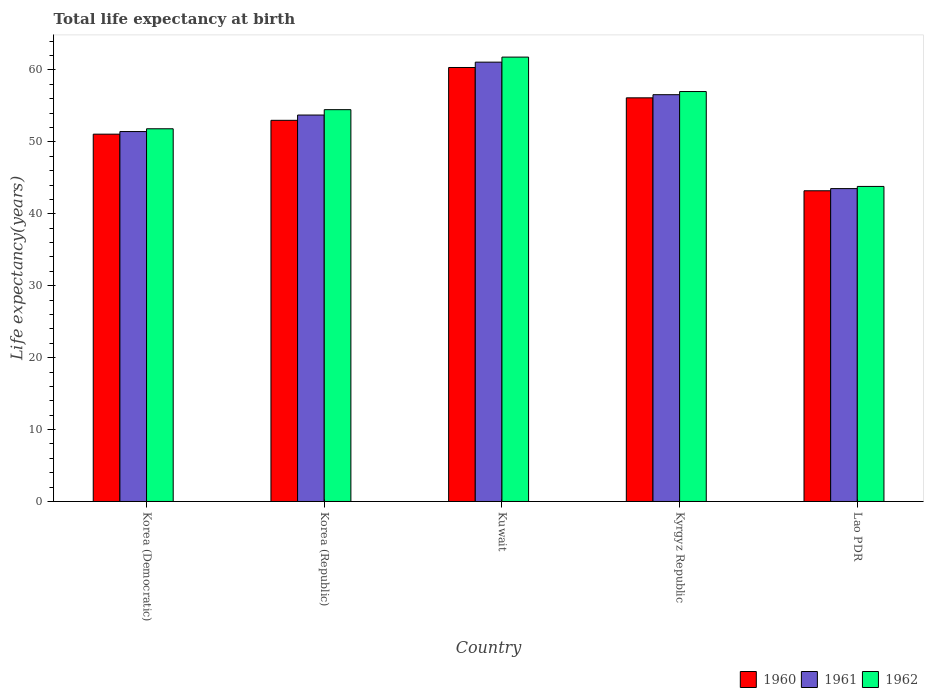
| Country | 1960 | 1961 | 1962 |
 | --- | --- | --- | --- |
 | Korea (Democratic) | 51.1 | 51.4 | 51.8 |
 | Korea (Republic) | 53 | 53.7 | 54.5 |
 | Kuwait | 60.3 | 61.1 | 61.8 |
 | Kyrgyz Republic | 56.1 | 56.6 | 57 |
 | Lao PDR | 43.2 | 43.5 | 43.8 |